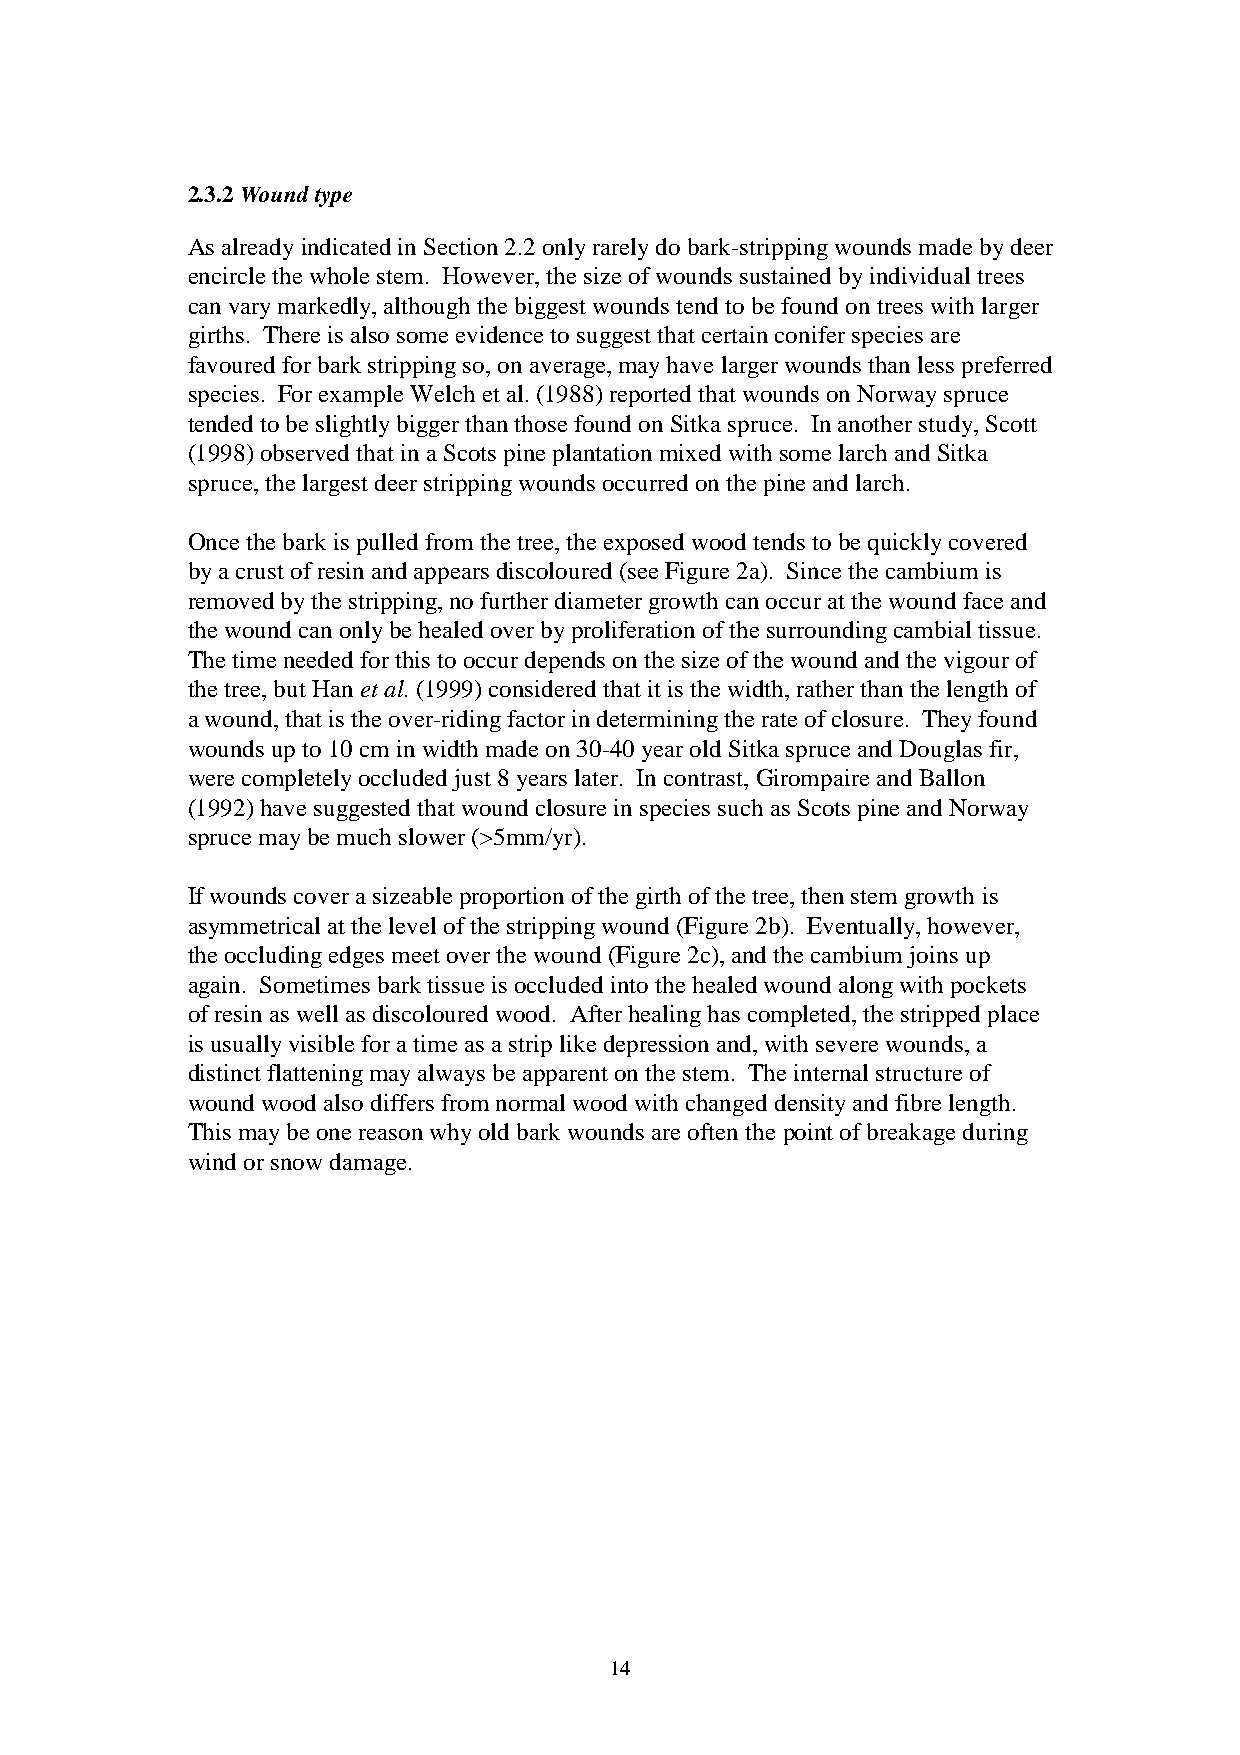
2.3.2 Wound type
 As already indicated in Section 2.2 only rarely do bark-stripping wounds made by deer
 encircle the whole stem. However, the size of wounds sustained by individual trees
 can vary markedly, although the biggest wounds tend to be found on trees with larger
 girths. There is also some evidence to suggest that certain conifer species are
 favoured for bark stripping so, on average, may have larger wounds than less preferred
 species. For example Welch et al. (1988) reported that wounds on Norway spruce
 tended to be slightly bigger than those found on Sitka spruce. In another study, Scott
 (1998) observed that in a Scots pine plantation mixed with some larch and Sitka
 spruce, the largest deer stripping wounds occurred on the pine and larch.
 Once the bark is pulled from the tree, the exposed wood tends to be quickly covered
 by a crust of resin and appears discoloured (see Figure 2a). Since the cambium is
 removed by the stripping, no further diameter growth can occur at the wound face and
 the wound can only be healed over by proliferation of the surrounding cambial tissue.
 The time needed for this to occur depends on the size of the wound and the vigour of
 the tree, but Han et al. (1999) considered that it is the width, rather than the length of
 a wound, that is the over-riding factor in determining the rate of closure. They found
 wounds up to 10 cm in width made on 30-40 year old Sitka spruce and Douglas fir,
 were completely occluded just 8 years later. In contrast, Girompaire and Ballon
 (1992) have suggested that wound closure in species such as Scots pine and Norway
 spruce may be much slower (>5mm/yr).
 If wounds cover a sizeable proportion of the girth of the tree, then stem growth is
 asymmetrical at the level of the stripping wound (Figure 2b). Eventually, however,
 the occluding edges meet over the wound (Figure 2c), and the cambium joins up
 again. Sometimes bark tissue is occluded into the healed wound along with pockets
 of resin as well as discoloured wood. After healing has completed, the stripped place
 is usually visible for a time as a strip like depression and, with severe wounds, a
 distinct flattening may always be apparent on the stem. The internal structure of
 wound wood also differs from normal wood with changed density and fibre length.
 This may be one reason why old bark wounds are often the point of breakage during
 wind or snow damage.
 14